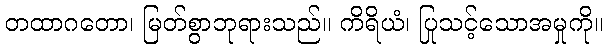
တထာဂတော၊ မြတ်စွာဘုရားသည်။ ကိရိယံ၊ ပြုသင့်သောအမှုကို။